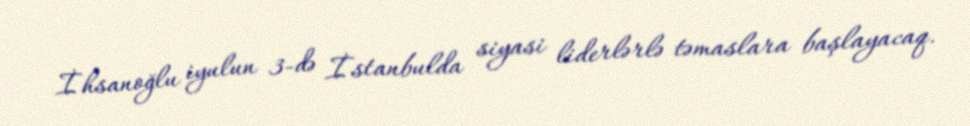
İhsanoğlu iyulun 3-də İstanbulda siyasi liderlərlə təmaslara başlayacaq.